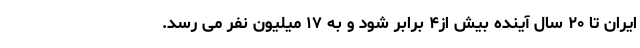
ایران تا ۲۰ سال آینده بیش از۴ برابر شود و به ۱۷ میلیون نفر می رسد.